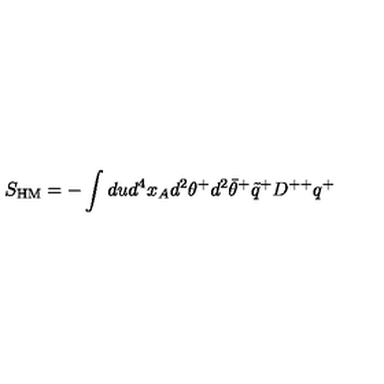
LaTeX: S _ { \mathrm { \scriptsize H M } } = - \int d u d ^ { 4 } x _ { A } d ^ { 2 } \theta ^ { + } d ^ { 2 } \bar { \theta } ^ { + } \tilde { q } ^ { + } D ^ { + + } q ^ { + }